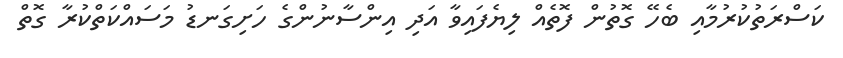
ކަސްރަތުކުރުމާއި ބެހޭ ގޮތުން ފޮތެއް ލިޔެފައިވާ އަދި އިންސާނުންގެ ހަށިގަނޑު މަސައްކަތްކުރާ ގޮތް